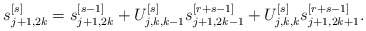
\begin{align*}s_{j+1,2k}^{[s]} = s_{j+1,2k}^{[s-1]} + U_{j,k,k-1}^{[s]} s_{j+1,2k-1}^{[r+s-1]} + U_{j,k,k}^{[s]} s_{j+1,2k+1}^{[r+s-1]}.\end{align*}